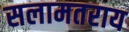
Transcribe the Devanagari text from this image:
सलामतराय